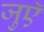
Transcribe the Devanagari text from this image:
जुएॅ